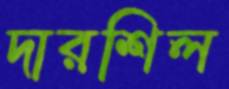
দারশিল